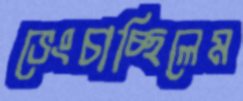
ভেংচাচ্ছিলেম